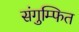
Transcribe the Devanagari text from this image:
संगुम्फित